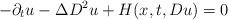
LaTeX: \begin{align*}-\partial_t u - \Delta D^2 u + H(x, t, Du) = 0\end{align*}